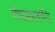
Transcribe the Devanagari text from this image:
गंधाक्षतांदि